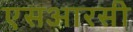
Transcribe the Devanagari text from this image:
एसआरसी